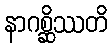
နာဂစ္ဆိဿတိ